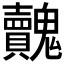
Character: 𩴺